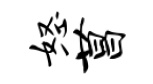
怒菖